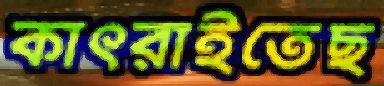
কাৎরাইতেছ